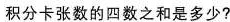
积分卡张数的四数之和是多少?